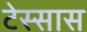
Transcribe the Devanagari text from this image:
टेस्सास